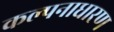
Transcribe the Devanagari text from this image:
कल्पनाधारण